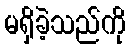
မရှိခဲ့သည်ကို